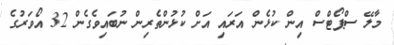
މާލޭ ސްޕޯޓްސް އިން ކުޅެން އަރައި އަށް ކުޅުންތެރިން ނުބައިވެގެން 32 އޯވަރުގެ